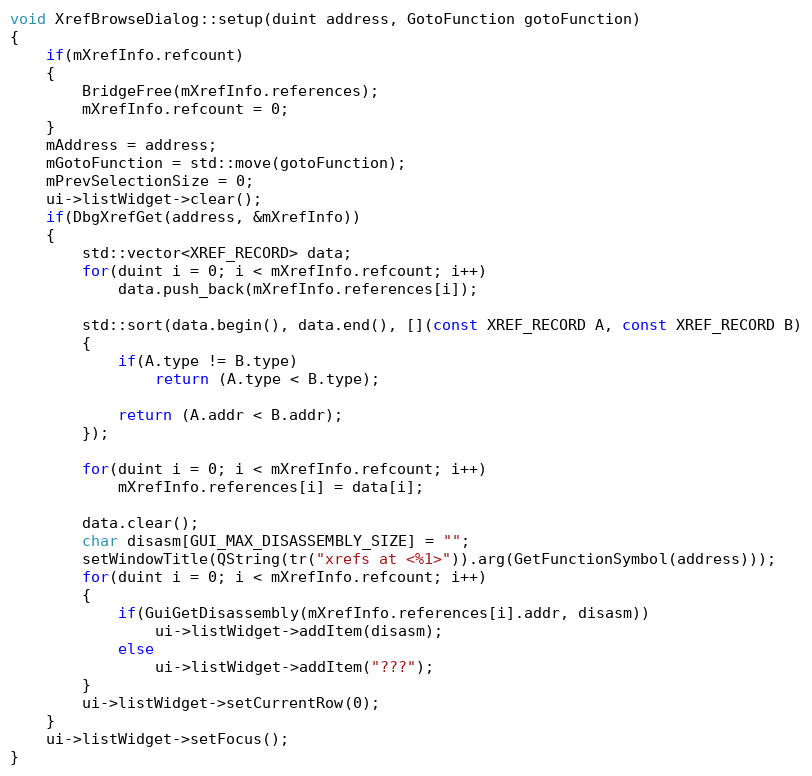
Language: C++
void XrefBrowseDialog::setup(duint address, GotoFunction gotoFunction)
{
    if(mXrefInfo.refcount)
    {
        BridgeFree(mXrefInfo.references);
        mXrefInfo.refcount = 0;
    }
    mAddress = address;
    mGotoFunction = std::move(gotoFunction);
    mPrevSelectionSize = 0;
    ui->listWidget->clear();
    if(DbgXrefGet(address, &mXrefInfo))
    {
        std::vector<XREF_RECORD> data;
        for(duint i = 0; i < mXrefInfo.refcount; i++)
            data.push_back(mXrefInfo.references[i]);

        std::sort(data.begin(), data.end(), [](const XREF_RECORD A, const XREF_RECORD B)
        {
            if(A.type != B.type)
                return (A.type < B.type);

            return (A.addr < B.addr);
        });

        for(duint i = 0; i < mXrefInfo.refcount; i++)
            mXrefInfo.references[i] = data[i];

        data.clear();
        char disasm[GUI_MAX_DISASSEMBLY_SIZE] = "";
        setWindowTitle(QString(tr("xrefs at <%1>")).arg(GetFunctionSymbol(address)));
        for(duint i = 0; i < mXrefInfo.refcount; i++)
        {
            if(GuiGetDisassembly(mXrefInfo.references[i].addr, disasm))
                ui->listWidget->addItem(disasm);
            else
                ui->listWidget->addItem("???");
        }
        ui->listWidget->setCurrentRow(0);
    }
    ui->listWidget->setFocus();
}